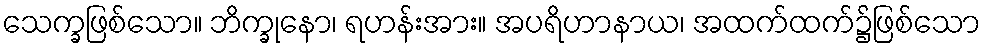
သေက္ခဖြစ်သော။ ဘိက္ခုနော၊ ရဟန်းအား။ အပရိဟာနာယ၊ အထက်ထက်၌ဖြစ်သော